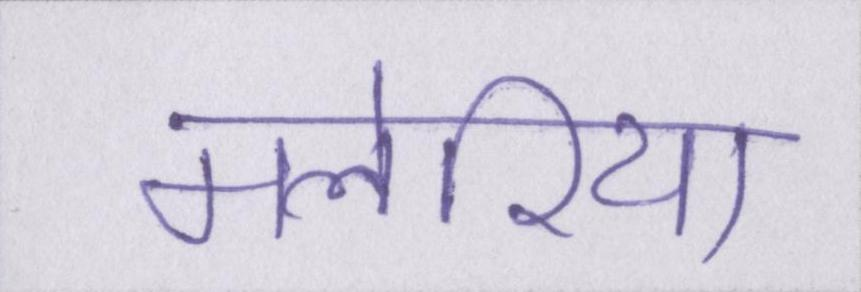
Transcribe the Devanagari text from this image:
मलेरिया